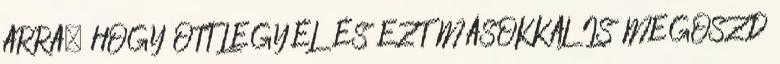
ARRA, HOGY OTT LEGYÉL ÉS EZT MÁSOKKAL IS MEGOSZD